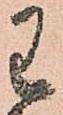
わ